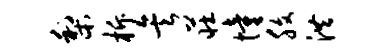
梨柝矣庄憧腹洪